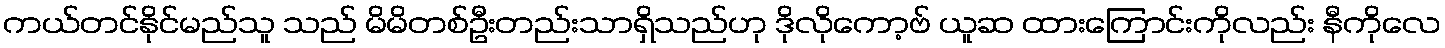
ကယ်တင်နိုင်မည်သူ သည် မိမိတစ်ဦးတည်းသာရှိသည်ဟု ဒိုလိုကော့ဗ် ယူဆ ထားကြောင်းကိုလည်း နီကိုလေ